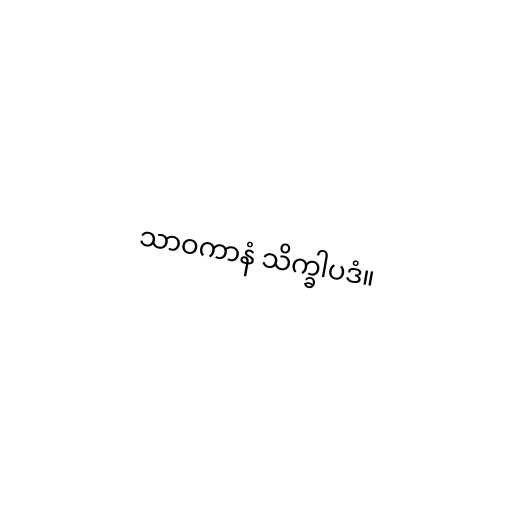
သာဝကာနံ သိက္ခါပဒံ။